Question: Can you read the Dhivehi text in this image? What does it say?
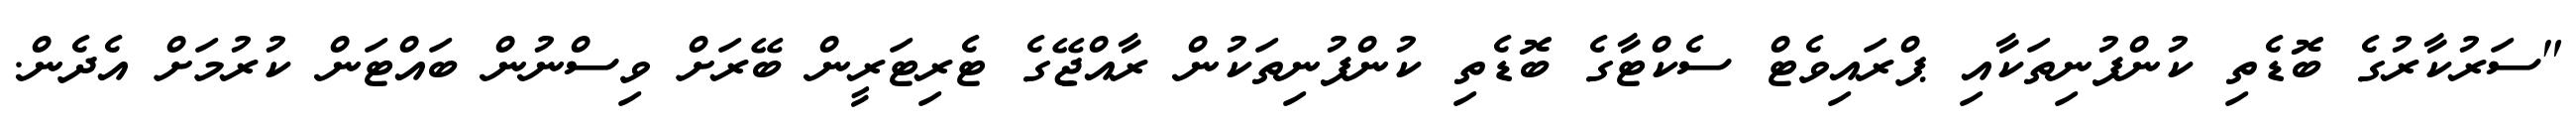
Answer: "ސަރުކާރުގެ ބޮޑެތި ކުންފުނިތަކާއި ޕްރައިވެޓް ސެކްޓާގެ ބޮޑެތި ކުންފުނިތަކުން ރާއްޖޭގެ ޓެރިޓަރީން ބޭރަށް ވިސްނުން ބައްޓަން ކުރުމަށް އެދެން.